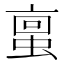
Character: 𫢀